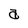
Character: a